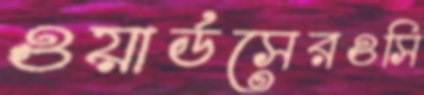
ওয়ার্ডসেরওসি